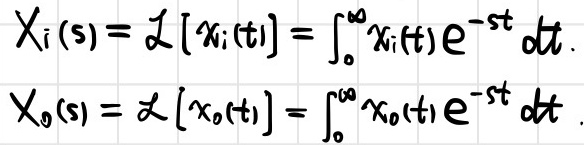
\[
\begin{align*}
X_{i}(s)&=\mathcal{L}[x_{i}(t)]=\int_{0}^{\infty}x_{i}(t)e^{-st}dt\\
X_{o}(s)&=\mathcal{L}[x_{o}(t)]=\int_{0}^{\infty}x_{o}(t)e^{-st}dt
\end{align*}
\]